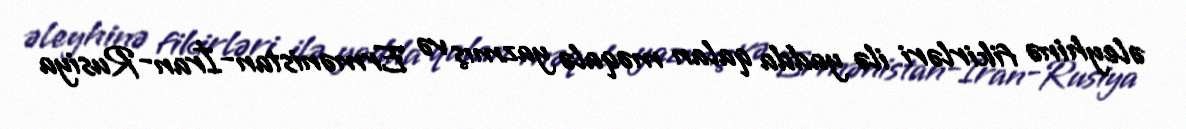
əleyhinə fikirləri ilə yadda qalan məqalə yazmış və Ermənistan-İran-Rusiya